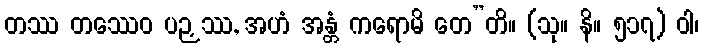
တဿ တဿေဝ ပဉှဿ, အဟံ အန္တံ ကရောမိ တေ”တိ။ (သု။ နိ။ ၅၁၇) ဝါ၊